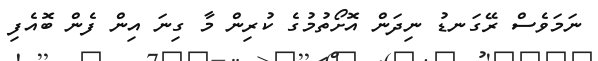
ނަމަވެސް ރޭގަނޑު ނިދަން އޮށޯތުމުގެ ކުރިން މާ ގިނަ އިން ފެން ބޮއެފި